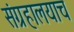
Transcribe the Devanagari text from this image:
संग्रहालयाच